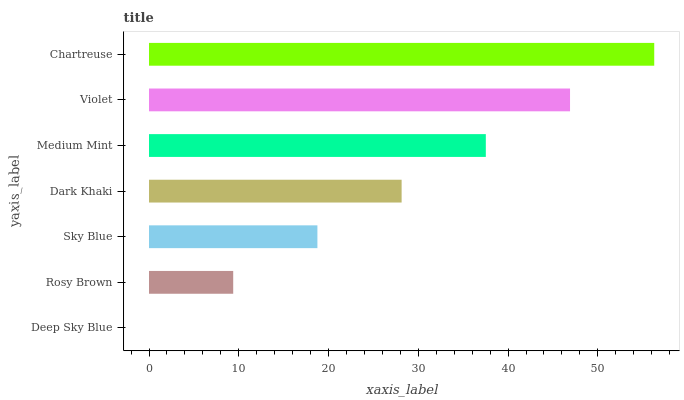
| yaxis_label | bars |
 | --- | --- |
 | Deep Sky Blue | 0 |
 | Rosy Brown | 9.38 |
 | Sky Blue | 18.8 |
 | Dark Khaki | 28.1 |
 | Medium Mint | 37.5 |
 | Violet | 46.9 |
 | Chartreuse | 56.3 |